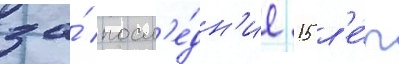
за́ посл'е́дн'ие 15 л'е́т